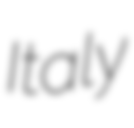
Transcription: Italy